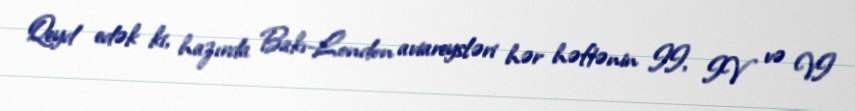
Qeyd edək ki, hazırda Bakı-London aviareysləri hər həftənin II, IV və VI